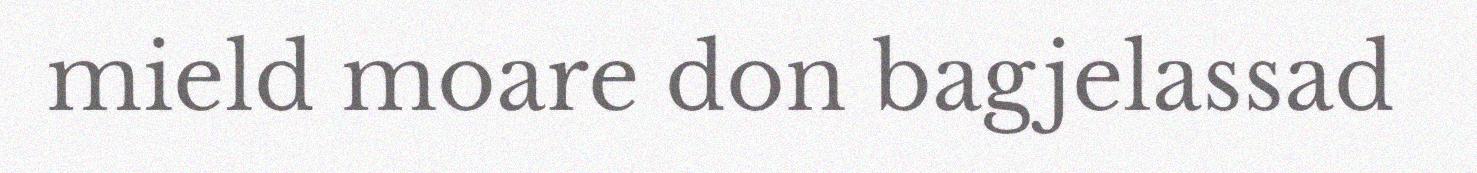
mield moare don bagjelassad